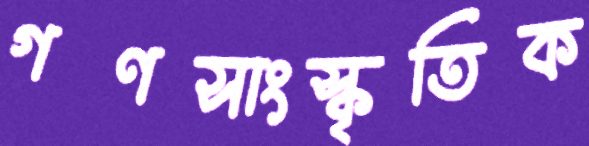
গণসাংস্কৃতিক